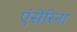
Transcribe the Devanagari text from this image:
एंसेरिना